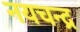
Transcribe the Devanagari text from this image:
नयचन्द्र